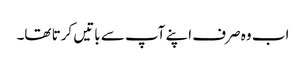
اب وہ صرف اپنے آپ سے باتیں کرتا تھا۔